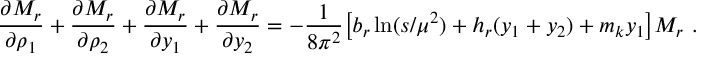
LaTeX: \frac { \partial M _ { r } } { \partial \rho _ { 1 } } + \frac { \partial M _ { r } } { \partial \rho _ { 2 } } + \frac { \partial M _ { r } } { \partial y _ { 1 } } + \frac { \partial M _ { r } } { \partial y _ { 2 } } = - \frac { 1 } { 8 \pi ^ { 2 } } \big [ b _ { r } \ln ( s / \mu ^ { 2 } ) + h _ { r } ( y _ { 1 } + y _ { 2 } ) + m _ { k } y _ { 1 } \big ] M _ { r } ~ .